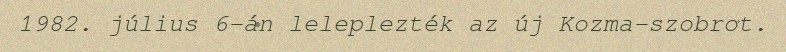
1982. július 6-án leleplezték az új Kozma-szobrot.